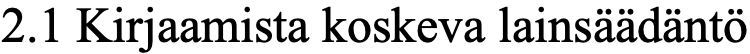
2.1 Kirjaamista koskeva lainsäädäntö